Annual report on the working of the lock hospitals in the Central Provinces
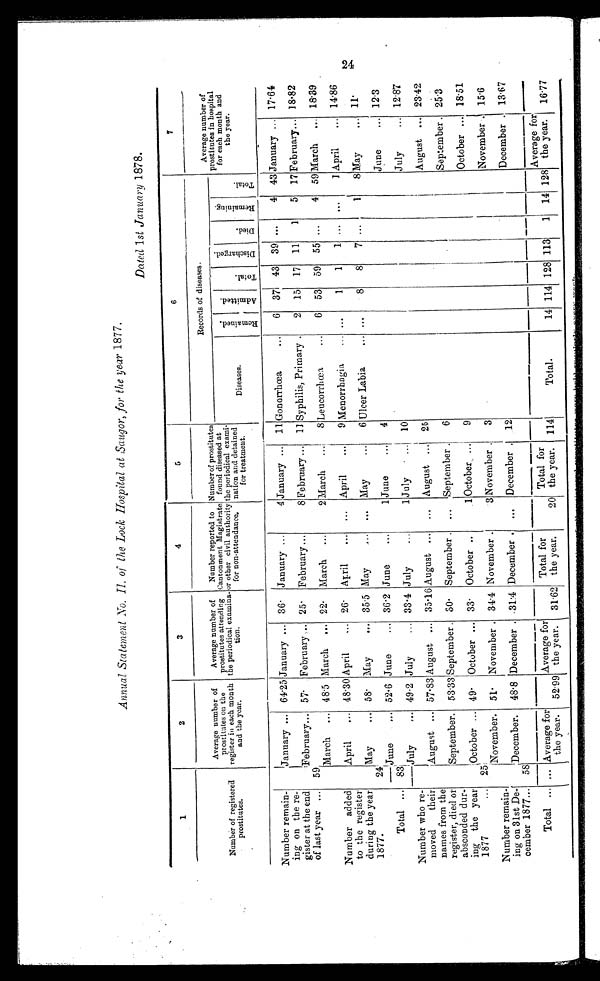
Annual Statement No. II of the Lock Hospital at Saugor, for the year 1877.
Doted 1st January 1878.
1
2
3
4
5
6
7
Number of registered
Average number of
prostitutes on the
register in each month
and the year.
Average number of
prostitutes attending
the periodical examina-
tion.
Number reported to
Cantonment Magistrate
or other civil authority
for non attendance.
Number of prostitutes
found diseased a
the periodical exami-
nation and detained
for treatment.
Records of diseases.
Average number of
prostitutes in hospital
for each month and
the year.
Diseases.
R e m i n e d . A d m i t t e d .
T o t a l .
D i s c h a r g e d .
D i e d . R e m a i n i n g .
T o t a l
Number remain-
ing on the re-
gister at the end
of last year ...
January ... 64.25 January ... 36. January ...
4 January ... 11 Gonorrhœa
... 6 37 43 39 ...
4 43 January ... 17.64
59
February ... 57. February
... 25. February ...
8 February ... 11 Syphilis, Primary . 2 15 17 11 1 5 17 February ... 18.82
March ... 48.5 March ... 22. March ...
2 March ... 8 Leucorrhœa
... 6 53 59 55 ...
4 59 March ... 18.39
Number added
to the register
during the year
1877.
April ... 48.30 April ... 26. April ... ... April ... 9 Menorrhagia
. . .
1 1 1 ... ...
1 April ... 14.86
24'
May
... 58. May
... 35.5 May
...
. . . May
... 6 Ulcer Labia
8 8 7 ...
1 8 May
... 11.
June ... 52. 6 June
... 36.2 June
...
1 June
... 4
June
... 12.3
Total ... 83
July
... 49.2 July
. . . 33.4 July
...
1 July ... 10
July
... 12.87
Number who re-
moved their
names from the
register, died or
absconded dur-
ing the year
1877
...
August ... 57.83 August ... 35.16 August ...
. . . August
...
25
August ... 23.42
September. 53.33 September. 30. September . ... September . 6
September . 25.3
25
October ... 49. October ... 33. October ..
1 October ... 9
October ... 18.51
November. 51. November. 34.4 November.
3 November . 3
November. 15.6
Number remain-
ing on 31st De-
cember 1877... 58
December. 48.8 December. 31.4 December. ... December. 12
December .
13.67
Total ... ... Average for
the year. 52.99
Average for
the year. 31.62
Total for
the year.
20
Total for
the year. 114
Total.
14 114 128 113 1 14 128
Average for
the year. 16.77